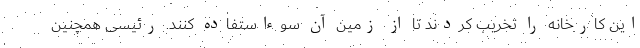
این کارخانه را تخریب کردند تا از زمین آن سوءاستفاده کنند. رئیسی همچنین